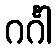
ဂင်္ဂါ